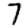
Digit: 7